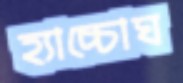
হ্যাচ্চোঘ